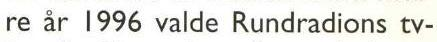
re år 1996 valde Rundradions tv-